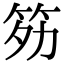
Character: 䇟